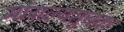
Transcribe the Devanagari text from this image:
मांगल्यसुचक